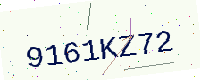
Text: 9161KZ72